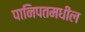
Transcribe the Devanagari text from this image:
पानिपतमधील